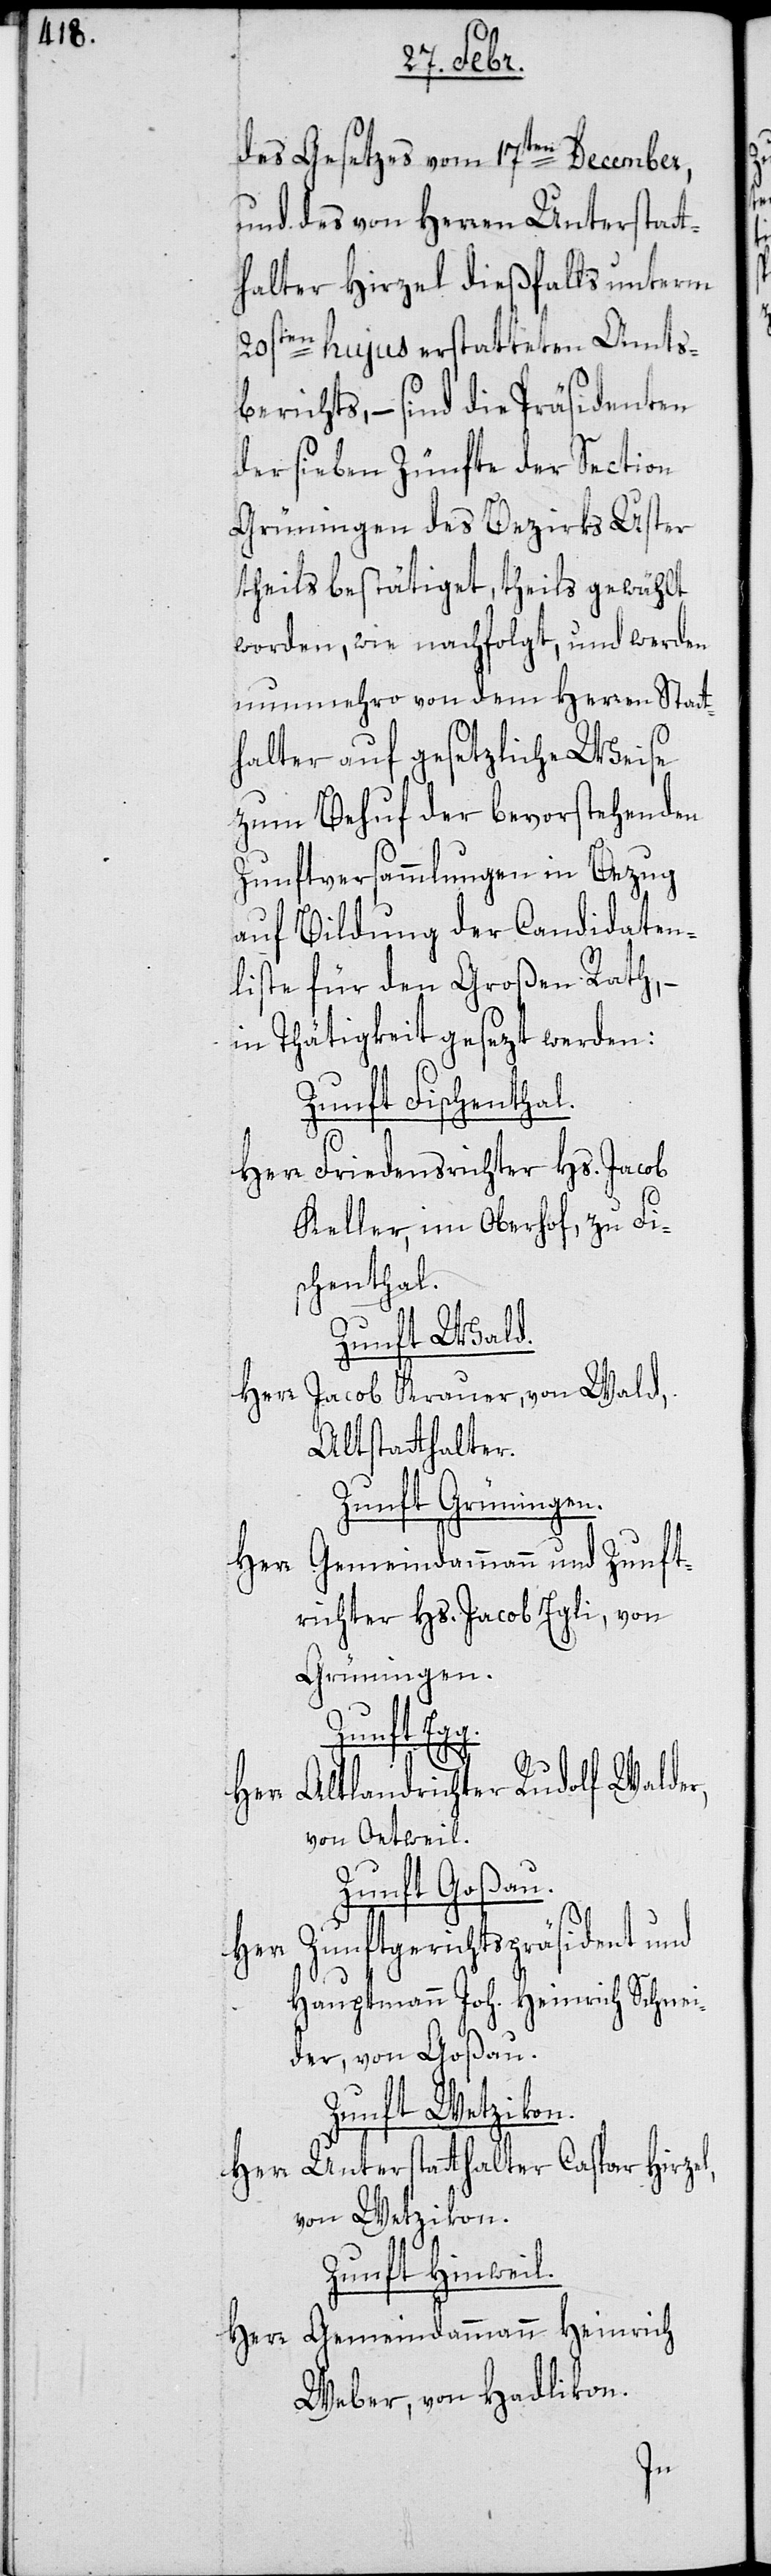
des Gesetzes vom 17ten December,
und des von Herren Unterstatt¬
halter Hirzel dießfalls unterm
20sten hujus erstatteten Amts¬
berichts, – sind die Präsidenten
der sieben Zünfte der Section
Grüningen des Bezirks Uster
theils bestätiget, theils gewählt
worden, wie nachfolgt, und werden
nunmehro von dem Herren Statt¬
halter auf gesetzliche Weise
zum Behuf der bevorstehenden
Zunftversammlungen in Bezug
auf Bildung der Candidaten¬
liste für den Großen Rath, –
in Thätigkeit gesezt werden:
Zunft Fischenthal.
Herr Friedensrichter Hs. Jacob
Keller, im Oberho,f zu Fi¬
schenthal.
Zunft Wald.
Herr Jacob Krauer, von Wald,
Altstatthalter.
Zunft Grüningen.
Gemeindammann und Zunft¬
richter Hs. Jacob Egli, von
Grüningen.
Zunft Eg¬
Altlandrichter Rudolf Walder,
von Oetweil.
Zunft Goßau.
Zunftgerichtspräsident und
Herr
Hauptmann Joh. Heinrich Schnei¬
der, von Goßau.
Zunft Wetzikon.
Herr Unterstatthalter Caspar Hirzel,
von Wetzikon.
Zunft Hinweil.
Herr Gemeindammann Heinrich
Weber, von Hadlikon.
g.